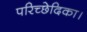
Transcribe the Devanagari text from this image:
परिच्छेदिका।